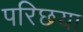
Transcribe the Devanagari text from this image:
परिछया